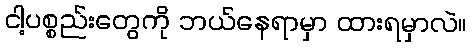
ငါ့ပစ္စည်းတွေကို ဘယ်နေရာမှာ ထားရမှာလဲ။